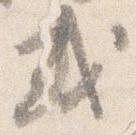
或